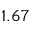
1 . 6 7